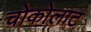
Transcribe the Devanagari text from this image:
चोकोलाट